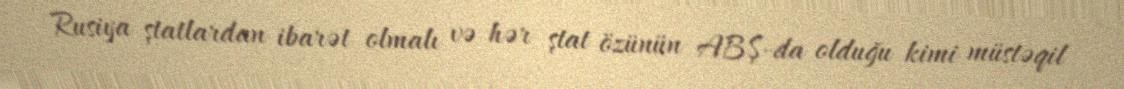
Rusiya ştatlardan ibarət olmalı və hər ştat özünün ABŞ-da olduğu kimi müstəqil